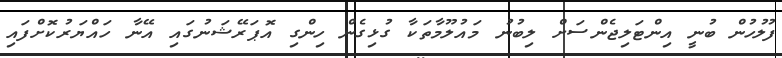
ފުލުހުން ބުނީ އިންޓަލިޖެންސަށް ލިބުނު މައުލޫމާތަކާ ގުޅިގެން ހިންގި އޮޕަރޭޝަނުގައި އޭނާ ހައްޔަރުކޮށްފައި